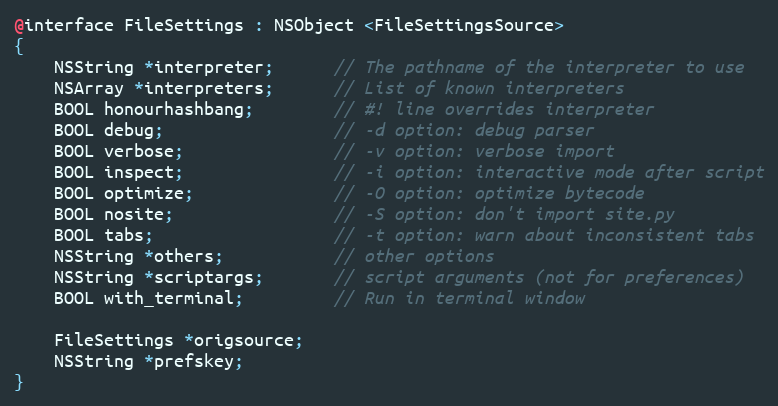
Language: C
@interface FileSettings : NSObject <FileSettingsSource>
{
    NSString *interpreter;      // The pathname of the interpreter to use
    NSArray *interpreters;      // List of known interpreters
    BOOL honourhashbang;        // #! line overrides interpreter
    BOOL debug;                 // -d option: debug parser
    BOOL verbose;               // -v option: verbose import
    BOOL inspect;               // -i option: interactive mode after script
    BOOL optimize;              // -O option: optimize bytecode
    BOOL nosite;                // -S option: don't import site.py
    BOOL tabs;                  // -t option: warn about inconsistent tabs
    NSString *others;           // other options
    NSString *scriptargs;       // script arguments (not for preferences)
    BOOL with_terminal;         // Run in terminal window

    FileSettings *origsource;
    NSString *prefskey;
}